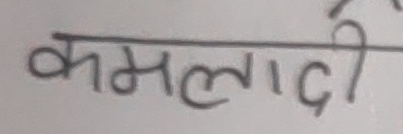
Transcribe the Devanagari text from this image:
कमलादी